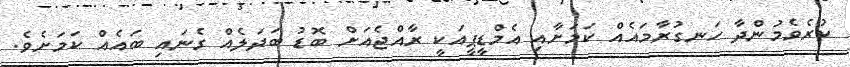
ކުރެވެމުންދާ ހަނގުރާމައެއް ކަމަށާއި އެމްޑީޕީއަކީ ރާއްޖެއަށް ބޮޑު ބަދަލެއް ގެނައި ބައެއް ކަމަށެވެ.